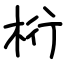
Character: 桁